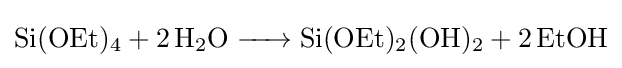
{\ce {Si(OEt)4 + 2H2O -> Si(OEt)2(OH)2 + 2EtOH}}